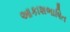
આકાશભાષિત